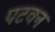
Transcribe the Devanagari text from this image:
पटवन